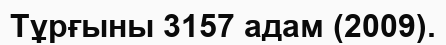
Тұрғыны 3157 адам (2009).